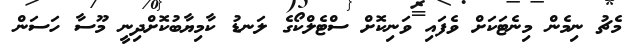
މެޗު ނިމެން މިނެޓަކަށް ވެފައި ވަނިކޮށް ސްޓެލްކޯގެ ލަނޑު ކާމިޔާބުކޮށްދިނީ މޫސާ ހަސަން